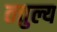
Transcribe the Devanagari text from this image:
तत्तुल्य